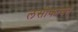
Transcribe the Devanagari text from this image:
लसीकावत्